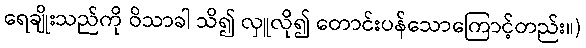
ရေချိုးသည်ကို ဝိသာခါ သိ၍ လှူလို၍ တောင်းပန်သောကြောင့်တည်း။)